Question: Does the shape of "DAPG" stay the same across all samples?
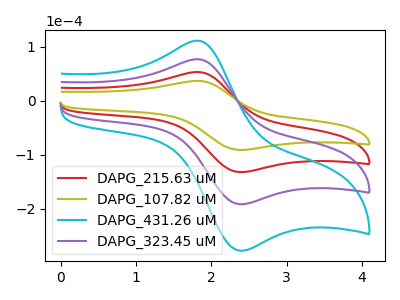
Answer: <think>The red curve "DAPG_215.63 uM" has an anodic peak at (1.85V, 52.80uA) and a cathodic peak at (2.40V, -132.50uA). The olive curve "DAPG_107.82 uM" has an anodic peak at (1.85V, 36.45uA) and a cathodic peak at (2.40V, -91.45uA). The cyan curve "DAPG_431.26 uM" has an anodic peak at (1.85V, 158.45uA) and a cathodic peak at (2.40V, -397.45uA). The purple curve "DAPG_323.45 uM" has an anodic peak at (1.85V, 105.60uA) and a cathodic peak at (2.40V, -264.95uA).
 All the peaks in "DAPG_215.63 uM" have a peak in "DAPG_107.82 uM" at the same potential. Every peak in "DAPG_215.63 uM" is higher than every peak in "DAPG_107.82 uM". All the peaks in "DAPG_215.63 uM" have a peak in "DAPG_431.26 uM" at the same potential. Every peak in "DAPG_215.63 uM" is lower than every peak in "DAPG_431.26 uM". All the peaks in "DAPG_215.63 uM" have a peak in "DAPG_323.45 uM" at the same potential. Every peak in "DAPG_215.63 uM" is lower than every peak in "DAPG_323.45 uM". All the peaks in "DAPG_107.82 uM" have a peak in "DAPG_431.26 uM" at the same potential. Every peak in "DAPG_107.82 uM" is lower than every peak in "DAPG_431.26 uM". All the peaks in "DAPG_107.82 uM" have a peak in "DAPG_323.45 uM" at the same potential. Every peak in "DAPG_107.82 uM" is lower than every peak in "DAPG_323.45 uM". All the peaks in "DAPG_431.26 uM" have a peak in "DAPG_323.45 uM" at the same potential. Every peak in "DAPG_431.26 uM" is higher than every peak in "DAPG_323.45 uM".</think>
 <answer>All the CV's of "DAPG" have similar shape.</answer>
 <eval>follow_rule</eval>